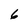
Character: 6